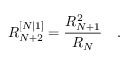
R _ { N + 2 } ^ { [ N \vert 1 ] } = \frac { R _ { N + 1 } ^ { 2 } } { R _ { N } } \quad .